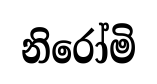
නිරෝමි